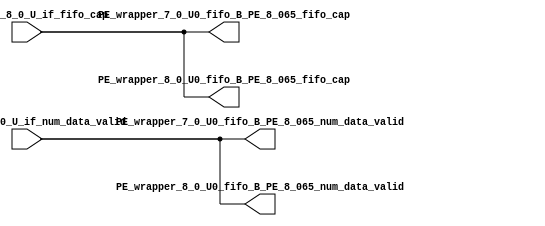
// ==================================================
// RTL generated by RapidStream
//
// Copyright 2024 RapidStream Design Automation, Inc.
// All Rights Reserved.
// ==================================================
`timescale 1 ns / 1 ps
module __rs_kernel3_aux_split_aux_134 #(
    parameter C_S_AXI_CONTROL_DATA_WIDTH  = 32,
    parameter C_S_AXI_CONTROL_ADDR_WIDTH  = 6,
    parameter C_S_AXI_DATA_WIDTH          = 32,
    parameter C_M_AXI_GMEM_A_ID_WIDTH     = 1,
    parameter C_M_AXI_GMEM_A_ADDR_WIDTH   = 64,
    parameter C_M_AXI_GMEM_A_DATA_WIDTH   = 512,
    parameter C_M_AXI_GMEM_A_AWUSER_WIDTH = 1,
    parameter C_M_AXI_GMEM_A_ARUSER_WIDTH = 1,
    parameter C_M_AXI_GMEM_A_WUSER_WIDTH  = 1,
    parameter C_M_AXI_GMEM_A_RUSER_WIDTH  = 1,
    parameter C_M_AXI_GMEM_A_BUSER_WIDTH  = 1,
    parameter C_M_AXI_GMEM_A_USER_VALUE   = 0,
    parameter C_M_AXI_GMEM_A_PROT_VALUE   = 0,
    parameter C_M_AXI_GMEM_A_CACHE_VALUE  = 3,
    parameter C_M_AXI_DATA_WIDTH          = 32,
    parameter C_M_AXI_GMEM_B_ID_WIDTH     = 1,
    parameter C_M_AXI_GMEM_B_ADDR_WIDTH   = 64,
    parameter C_M_AXI_GMEM_B_DATA_WIDTH   = 512,
    parameter C_M_AXI_GMEM_B_AWUSER_WIDTH = 1,
    parameter C_M_AXI_GMEM_B_ARUSER_WIDTH = 1,
    parameter C_M_AXI_GMEM_B_WUSER_WIDTH  = 1,
    parameter C_M_AXI_GMEM_B_RUSER_WIDTH  = 1,
    parameter C_M_AXI_GMEM_B_BUSER_WIDTH  = 1,
    parameter C_M_AXI_GMEM_B_USER_VALUE   = 0,
    parameter C_M_AXI_GMEM_B_PROT_VALUE   = 0,
    parameter C_M_AXI_GMEM_B_CACHE_VALUE  = 3,
    parameter C_M_AXI_GMEM_C_ID_WIDTH     = 1,
    parameter C_M_AXI_GMEM_C_ADDR_WIDTH   = 64,
    parameter C_M_AXI_GMEM_C_DATA_WIDTH   = 512,
    parameter C_M_AXI_GMEM_C_AWUSER_WIDTH = 1,
    parameter C_M_AXI_GMEM_C_ARUSER_WIDTH = 1,
    parameter C_M_AXI_GMEM_C_WUSER_WIDTH  = 1,
    parameter C_M_AXI_GMEM_C_RUSER_WIDTH  = 1,
    parameter C_M_AXI_GMEM_C_BUSER_WIDTH  = 1,
    parameter C_M_AXI_GMEM_C_USER_VALUE   = 0,
    parameter C_M_AXI_GMEM_C_PROT_VALUE   = 0,
    parameter C_M_AXI_GMEM_C_CACHE_VALUE  = 3,
    parameter C_S_AXI_CONTROL_WSTRB_WIDTH = 4,
    parameter C_S_AXI_WSTRB_WIDTH         = 4,
    parameter C_M_AXI_GMEM_A_WSTRB_WIDTH  = 64,
    parameter C_M_AXI_WSTRB_WIDTH         = 4,
    parameter C_M_AXI_GMEM_B_WSTRB_WIDTH  = 64,
    parameter C_M_AXI_GMEM_C_WSTRB_WIDTH  = 64
) (
    output wire [1:0] PE_wrapper_7_0_U0_fifo_B_PE_8_065_fifo_cap,
    output wire [1:0] PE_wrapper_7_0_U0_fifo_B_PE_8_065_num_data_valid,
    output wire [1:0] PE_wrapper_8_0_U0_fifo_B_PE_8_065_fifo_cap,
    output wire [1:0] PE_wrapper_8_0_U0_fifo_B_PE_8_065_num_data_valid,
    input wire  [1:0] fifo_B_PE_8_0_U_if_fifo_cap,
    input wire  [1:0] fifo_B_PE_8_0_U_if_num_data_valid
);
assign PE_wrapper_7_0_U0_fifo_B_PE_8_065_fifo_cap = fifo_B_PE_8_0_U_if_fifo_cap;
assign PE_wrapper_7_0_U0_fifo_B_PE_8_065_num_data_valid = fifo_B_PE_8_0_U_if_num_data_valid;
assign PE_wrapper_8_0_U0_fifo_B_PE_8_065_fifo_cap = fifo_B_PE_8_0_U_if_fifo_cap;
assign PE_wrapper_8_0_U0_fifo_B_PE_8_065_num_data_valid = fifo_B_PE_8_0_U_if_num_data_valid;
endmodule